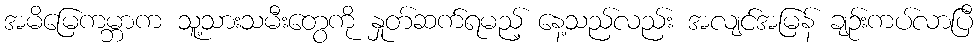
အမိမြေကမ္ဘာက သူ့သားသမီးတွေကို နှုတ်ဆက်ရမည့် နေ့သည်လည်း အလျင်အမြန် ချဉ်းကပ်လာပြီ